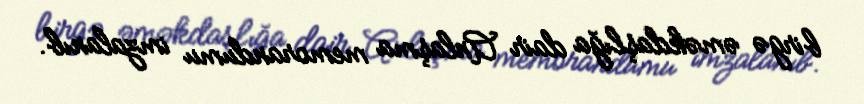
birgə əməkdaşlığa dair Anlaşma memorandumu imzalanıb.